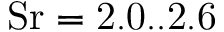
\mathrm { S r = 2 . 0 . . 2 . 6 }